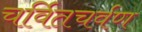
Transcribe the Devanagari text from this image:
चर्वितचर्वण